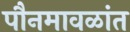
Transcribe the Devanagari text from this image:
पौनमावळांत